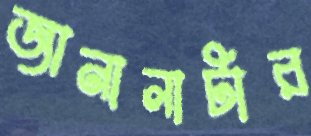
জানালাটার